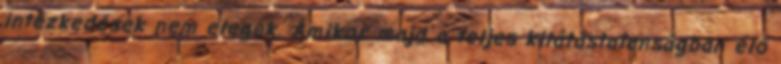
intézkedések nem elegek. Amikor majd a teljes kilátástalanságban élő